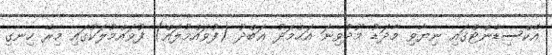
އެކްސިޑެންޓްގައި ނިޔާވި މާދަޑު މޫދުވިނަ އަޙްމަދު ޢަބްދު (ފުވައްމުލައް) ފުވައްމުލަކުގައި މިރޭ ހިނގި